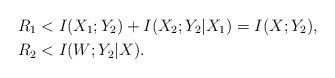
LaTeX: \begin{align*} R_1 &< I(X_1;Y_2) + I(X_2;Y_2|X_1) = I(X;Y_2),\\ R_2 &< I(W;Y_2|X).\end{align*}